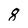
Character: 8